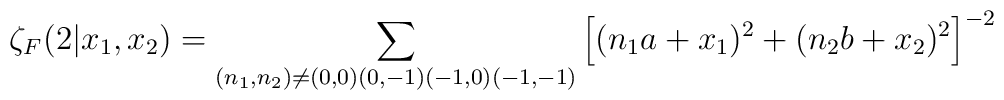
\zeta_F(2|x_1,x_2)=\sum_{(n_1,n_2)\neq (0,0)(0,-1)(-1,0)(-1,-1)} \left[(n_1a + x_1)^2 + (n_2b + x_2)^2\right]^{-2}